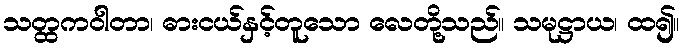
သတ္ထကဝါတာ၊ ဓားငယ်နှင့်တူသော လေတို့သည်။ သမုဋ္ဌာယ၊ ထ၍။